system: You are a helpful assistant.
user:
Analyze the provided spectrum to determine if it is a **White Dwarf (WD)**.

A White Dwarf spectrum is defined by its **extreme purity** (due to gravitational settling) and/or **extreme pressure broadening** (due to high surface gravity). You must check for one of the following mutually exclusive signatures:

- **Key Visual Indicators (Check for ONE of these types):**

    - **1. DA-Type Signature (Most Common):**
        - **(Primary Feature):** Extreme pressure broadening (Stark broadening) of the **Hydrogen (H) Balmer lines**.
        - **(Key Lines):** $H\beta$ (approx. $4861$ Å) and $H\gamma$ (approx. $4340$ Å). $H\alpha$ (approx. $6563$ Å) will also be present if the wavelength range covers it.
        - **(Line Profile):** This is the **defining feature**. The lines are **NOT** sharp. They appear as massive, **extremely broad and deep "troughs" or "dips"** in the spectrum, often hundreds of Ångströms wide. The continuum will appear to "scoop" down at these wavelengths.
        - **(Distinction):** Normal A-type or B-type stars have *narrow* and *sharp* Hydrogen lines. A DA White Dwarf's lines are unmistakably "smeared" or "blurry" from pressure.

    - **2. DB-Type Signature:**
        - **(Primary Feature):** Broad absorption lines from **Neutral Helium (He I)**. The spectrum must lack any visible Hydrogen lines.
        - **(Key Lines):** Look for broad absorption near $4471$ Å, $4921$ Å, and $5876$ Å.
        - **(Line Profile):** These lines are also significantly pressure-broadened, appearing much wider than they would in a normal B-type main-sequence star.

    - **3. DC-Type Signature:**
        - **(Primary Feature):** A **featureless continuous spectrum**.
        - **(Line Profile):** The spectrum is a smooth curve with **no significant absorption or emission lines**.
        - **(Key Confirmation):** The continuum is almost always **blue or white**, indicating a hot object. This signature implies the atmosphere is so pure (or so cool) that no spectral lines are visible in the optical range. Its WD identity is confirmed by its extremely low intrinsic brightness (high absolute magnitude).

    - **4. DZ-Type Signature (Metal-Polluted):**
        - **(Primary Feature):** **Isolated, narrow metal absorption lines** on an otherwise featureless (DC-like) continuum.
        - **(Key Lines):** The **Calcium (Ca II) H & K doublet** (approx. **$3934$ Å** and **$3968$ Å**) is the most common and defining feature.
        - **(Line Profile):** These lines are "out of place." They are *not* part of a "forest" of thousands of lines. This signature is evidence of recent *accretion* (pollution) from rocky debris.
        - **(Distinction):** Normal G/K/M stars have a *dense forest* of thousands of metal lines. A DZ has a *clean* continuum with *only a few* strong metal lines.

    - **5. DQ-Type Signature (Carbon-Polluted):**
        - **(Primary Feature):** Absorption bands from **Carbon (C₂ "Swan Bands" or atomic C I)**.
        - **(Key Lines - C₂):** Look for bandheads with a "saw-tooth" shape near $5635$ Å, **$5165$ Å** (strongest), and $4737$ Å.
        - **(Key Confirmation):** The underlying **continuum must be blue or white** (hot).
        - **(Distinction):** This is the critical difference from a **Carbon Star**, which has the *exact same* C₂ bands but on an extremely **red, cool** continuum.

- **(Overall Spectrum):**
    - The continuum (overall shape) is typically **blue-sloping** (brighter in the blue than the red), as most white dwarfs are very hot.
    - The spectrum will look "pure" or "simple," dominated by only *one* of the five signatures listed above.

Think first, call **spectral_visualization_tool** if needed to examine features in detail, then provide your final answer. Your response must adhere to the following strict rules:
1.  **Overall Structure:** Your response must follow the format `<think>...</think> <tool_call>...</tool_call> (if a tool is used) <answer>...</answer>`.
2.  **Tool Usage Constraint:** You may only make **one** tool call per turn.
3.  **Final Answer Format:** In the `<answer>` tag, your conclusion must be inside a `\boxed{}` command (e.g., `\boxed{YES}` or `\boxed{NO}`), followed by your justification.

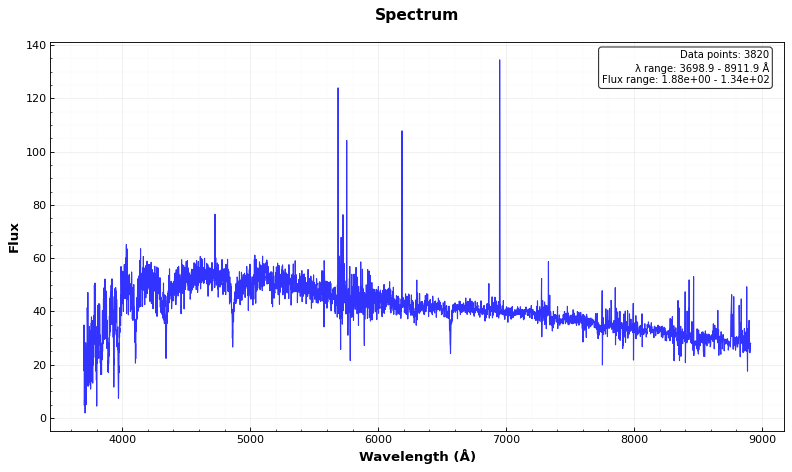
Answer: NO